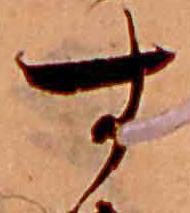
す